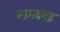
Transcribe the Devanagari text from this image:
नामकाइ